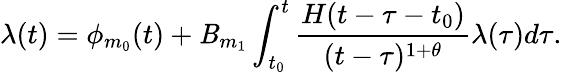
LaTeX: \lambda(t)=\phi_{m_{0}}(t)+\mathit{B}_{m_{1}}\int_{t_{0}}^{t}\frac{{H(t-\tau-t_{0})}}{{(t-\tau)^{1+\theta}}}\lambda(\tau)d\tau.